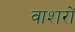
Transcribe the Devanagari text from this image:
वाशरों